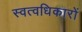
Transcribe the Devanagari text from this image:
स्वत्वधिकारों